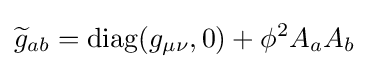
{\widetilde {g}}_{ab}=\operatorname {diag} (g_{\mu \nu },0)+\phi ^{2}A_{a}A_{b}